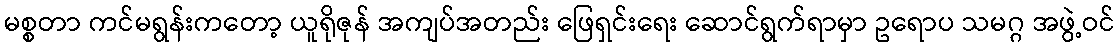
မစ္စတာ ကင်မရွန်းကတော့ ယူရိုဇုန် အကျပ်အတည်း ဖြေရှင်းရေး ဆောင်ရွက်ရာမှာ ဥရောပ သမဂ္ဂ အဖွဲ့ဝင်